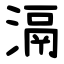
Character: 滆